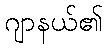
ဂျာနယ်၏